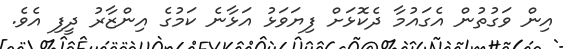
އިން ވަގުތުން އެގައުމާ ދެކޮޅަށް ފިޔަވަޅު އަޅާނެ ކަމުގެ އިންޒާރު ދީފި އެވެ.